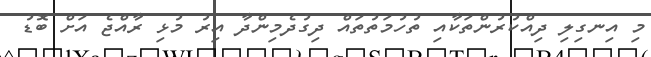
މި އިނގިލި ދިއްކުރުންތަކާއި ތުހުމަތުތައް ދިގުދެމިންދާ އިރު މުޅި ރާއްޖެ އަށް ބޮޑު